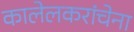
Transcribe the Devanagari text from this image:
कालेलकरांचेना